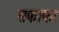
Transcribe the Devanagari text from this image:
सफाफा